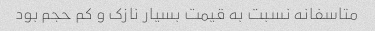
متاسفانه نسبت به قیمت بسیار نازک و کم حجم بود